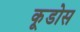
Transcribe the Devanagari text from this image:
कूडोस